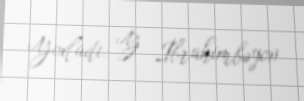
Yoxladı: Y. İbrahimbəyov